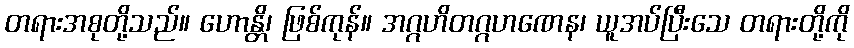
တရားအစုတို့သည်။ ဟောန္တိ၊ ဖြစ်ကုန်။ အဂ္ဂဟိတဂ္ဂဟဏေန၊ ယူအပ်ပြီးသေ တရားတို့ကို